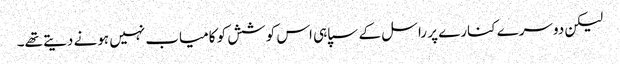
لیکن دوسرے کنارے پر راسل کے سپاہی اس کوشش کو کامیاب نہیں ہونے دیتے تھے۔